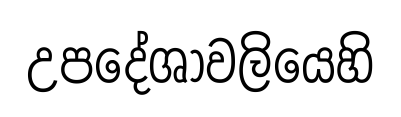
උපදේශාවලියෙහි